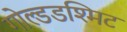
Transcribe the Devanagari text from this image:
गोल्डडश्मिट